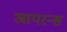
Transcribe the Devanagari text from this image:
आयरन्‍स